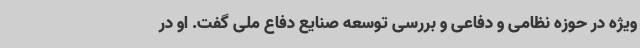
ویژه در حوزه نظامی و دفاعی و بررسی توسعه صنایع دفاع ملی گفت. او در